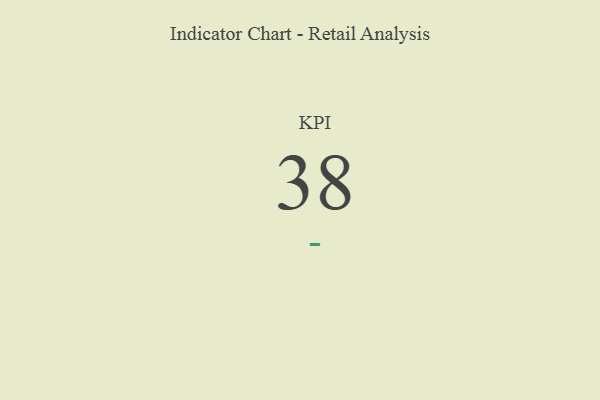
{"axis": {"x": "KPI", "y": "Value"}, "legend": [""], "data": [{"x": "KPI", "y": 38, "type": ""}]}